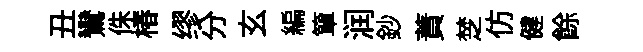
丑鸞侏椿缪分玄編簞润鈔蕡椘仿健餘